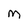
Character: M